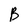
Character: B